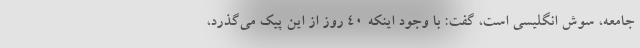
جامعه، سوش انگلیسی است، گفت: با وجود اینکه ۴۰ روز از این پیک می‌گذرد،